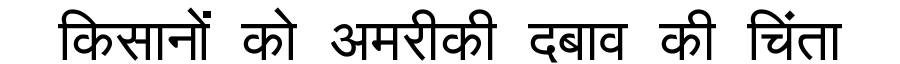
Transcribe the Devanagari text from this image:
किसानों को अमरीकी दबाव की चिंता